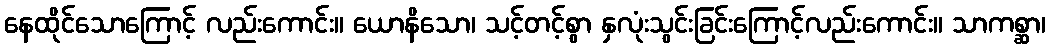
နေထိုင်သောကြောင့် လည်းကောင်း။ ယောနိသော၊ သင့်တင့်စွာ နှလုံးသွင်းခြင်းကြောင့်လည်းကောင်း။ သာကစ္ဆာ၊